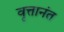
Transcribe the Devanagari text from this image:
वृत्तानंत